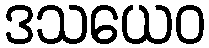
ဒသယေဝ